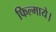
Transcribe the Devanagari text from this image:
फिल्माये।